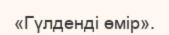
«Гүлденді өмір».